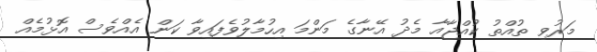
މަރުވި ތުއްތު ކުއްޖާއާ މެދު އޭނާގެ މަންމަ އިހުމާލުވެފައިވާ ކަން އެއްވެސް އޮޅުމެއް